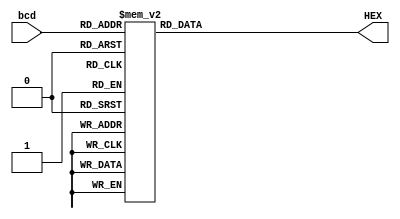
module BCD_decoder (input [3:0]bcd, output reg [6:0]HEX);
always @ (bcd) begin
  case (bcd)
  4'b0000:HEX[6:0] = 7'b1000000;
  4'b0001:HEX[6:0] = 7'b1111001;
  4'b0010:HEX[6:0] = 7'b0100100;
  4'b0011:HEX[6:0] = 7'b0110000;
  4'b0100:HEX[6:0] = 7'b0011001;
  4'b0101:HEX[6:0] = 7'b0010010;
  4'b0110:HEX[6:0] = 7'b0000010;
  4'b0111:HEX[6:0] = 7'b1111000;
  4'b1000:HEX[6:0] = 7'b0000000;
  4'b1001:HEX[6:0] = 7'b0011000;
    default: HEX[6:0] = 7'bx;
  endcase
end


endmodule //BCD_decoder